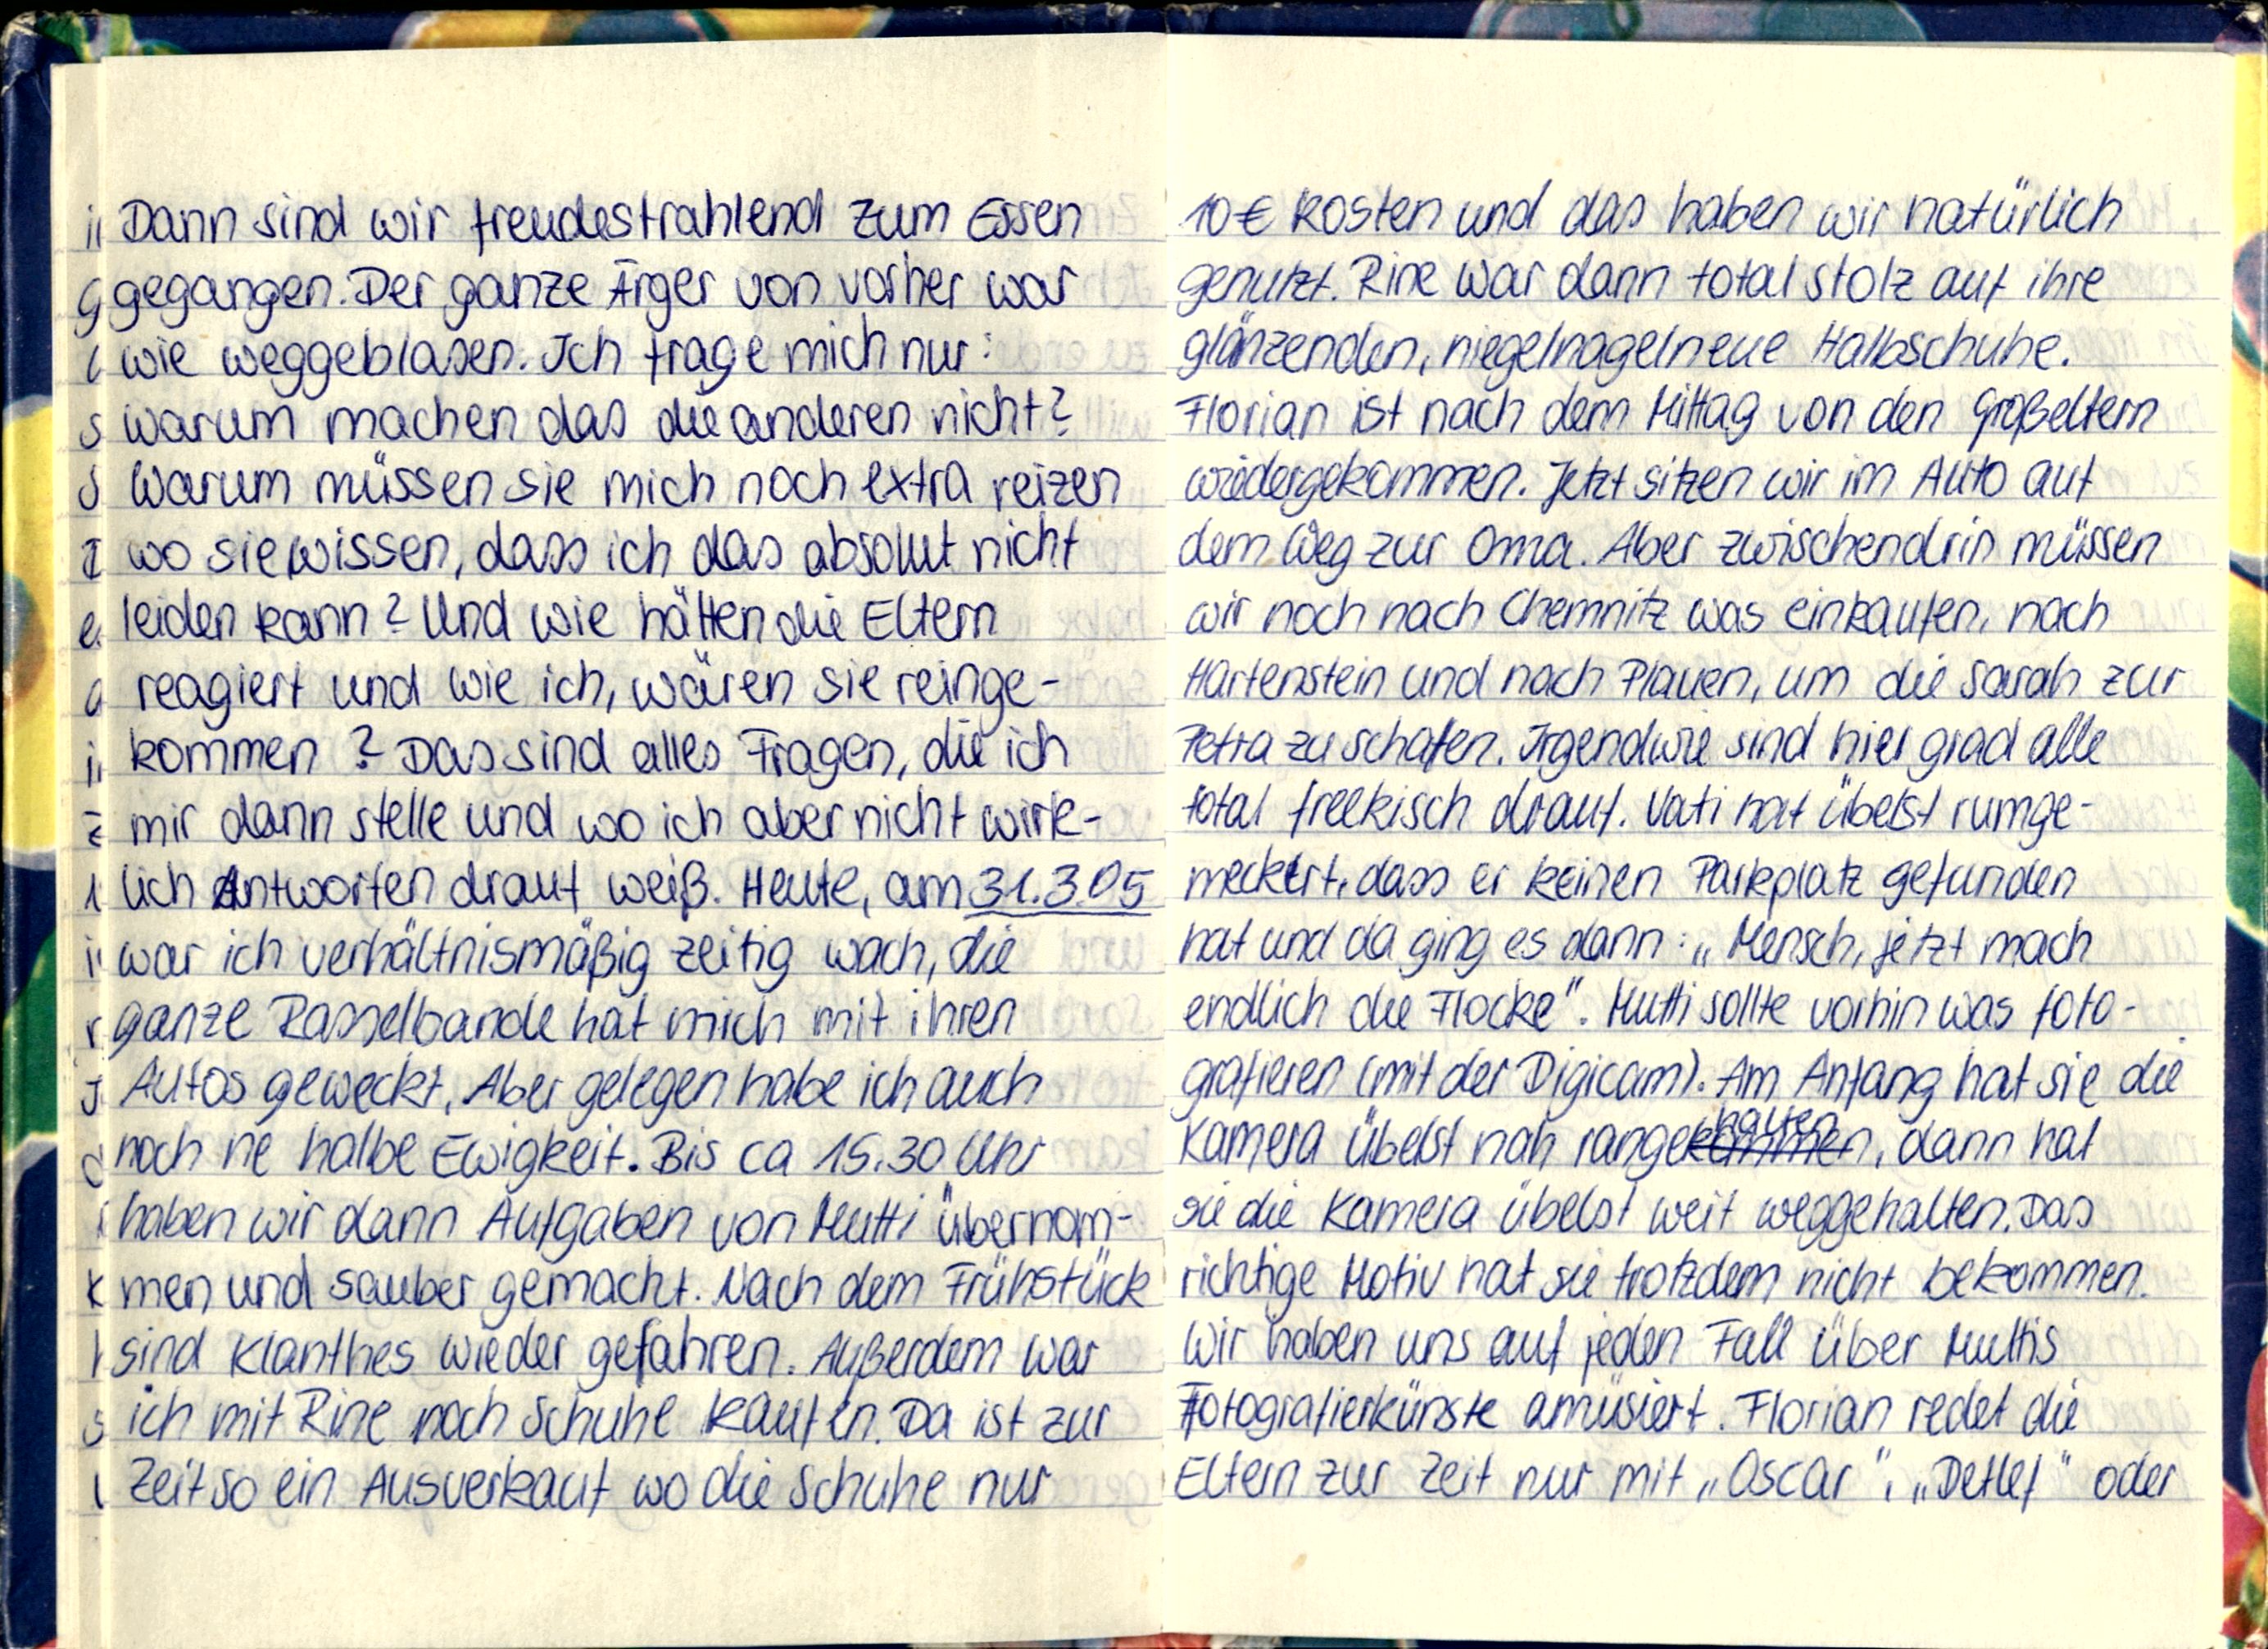
Dann sind wir freudestrahlend zum Essen
gegangen. Der ganze Ärger von vorher war
wie weggeblasen. Ich frage mich nur:
warum machen das die anderen nicht?
Warum müssen sie mich noch extra reizen
wo sie wissen, dass ich das absolut nicht
leiden kann? Und wie hätten die Eltern
reagiert und wie ich, wären sie reinge-
kommen? Das sind alles Fragen, die ich
mir dann stelle und wo ich aber nicht wirk-
lich Antworten drauf weiß. Heute, am 31.3.05
war ich verhältnismäßig zeitig wach, die
ganze Rasselbande hat mich mit ihren
Autos geweckt. Aber gelegen habe ich auch
noch ne halbe Ewigkeit. Bis ca 15.30 Uhr
haben wir dann Aufgaben von Mutti übernom-
men und sauber gemacht. Nach dem Frühstück
sind Klanthes wieder gefahren. Außerdem war
ich mit Rine noch Schuhe kaufen. Da ist zur
Zeit so ein Ausverkauf wo die Schuhe nur

10€ kosten und das haben wir natürlich
genutzt. Rine war dann total stolz auf ihre
glänzenden, niegelnagelneue Halbschuhe.
Florian ist nach dem Mittag von den Großeltern
wiedergekommen. Jetzt sitzen wir im Auto auf
dem Weg zur Oma. Aber zwischendrin müssen
wir noch nach Chemnitz was einkaufen, nach
Hartenstein und nach Plauen, um die Sarah zur
Petra zu schaffen. Irgendwie sind hier grad alle
total freekisch drauf. Vati hat übelst rumge-
meckert, dass er keinen Parkplatz gefunden
hat und da ging es dann: „Mensch, jetzt mach
endlich die Flocke". Mutti sollte vorhin was foto-
grafieren (mit der Digicam). Am Anfang hat sie die
Kamera übelst nah range, dann hat
sie die Kamera übelst weit weggehalten. Das
richtige Motiv hat sie trotzdem nicht bekommen.
Wir haben uns auf den Fall über Muttis
Fotografierkünste amüsiert. Florian redet die
Eltern zur Zeit nur mit „Oscar", „Detlef" oder